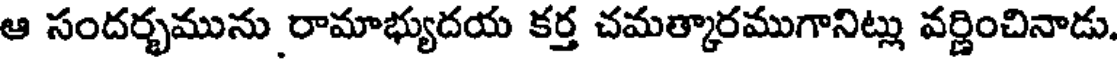
ఆ సందర్భమును రామాభ్యుదయ కర్త చమత్కారముగానిట్లు వర్ణించినాడు.